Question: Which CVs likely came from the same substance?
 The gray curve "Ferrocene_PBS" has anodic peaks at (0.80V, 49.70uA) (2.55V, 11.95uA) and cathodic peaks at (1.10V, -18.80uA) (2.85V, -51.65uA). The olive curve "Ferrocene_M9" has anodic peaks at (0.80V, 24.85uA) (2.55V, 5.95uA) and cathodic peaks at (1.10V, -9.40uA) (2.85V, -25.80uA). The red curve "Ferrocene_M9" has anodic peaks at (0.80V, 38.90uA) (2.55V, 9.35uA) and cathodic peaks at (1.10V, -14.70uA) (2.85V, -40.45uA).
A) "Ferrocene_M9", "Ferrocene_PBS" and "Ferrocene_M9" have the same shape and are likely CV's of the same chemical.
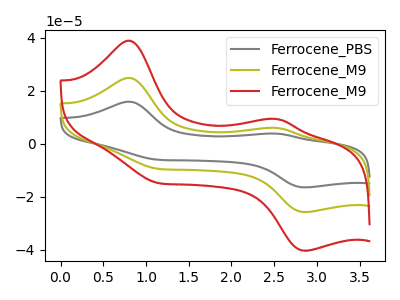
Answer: <think>All the peaks in "Ferrocene_PBS" have a peak in "Ferrocene_M9" at the same potential. Every peak in "Ferrocene_PBS" is higher than every peak in "Ferrocene_M9". All the peaks in "Ferrocene_PBS" have a peak in "Ferrocene_M9" at the same potential. Every peak in "Ferrocene_PBS" is higher than every peak in "Ferrocene_M9". All the peaks in "Ferrocene_M9" have a peak in "Ferrocene_M9" at the same potential. Every peak in "Ferrocene_M9" is lower than every peak in "Ferrocene_M9".
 </think>
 <answer>A) "Ferrocene_M9", "Ferrocene_PBS" and "Ferrocene_M9" have the same shape and are likely CV's of the same chemical.</answer>
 <eval>A</eval>